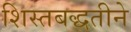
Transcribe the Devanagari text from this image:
शिस्तबद्धतीने